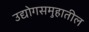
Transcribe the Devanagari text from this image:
उद्योगसमुहातील